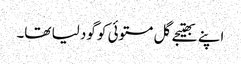
اپنے بھتیجے گل مستوئی کو گود لیا تھا۔